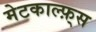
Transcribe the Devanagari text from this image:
मेटकाल्फ़्स